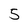
Character: 5